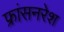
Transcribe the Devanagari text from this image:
फ्रांसनरेश